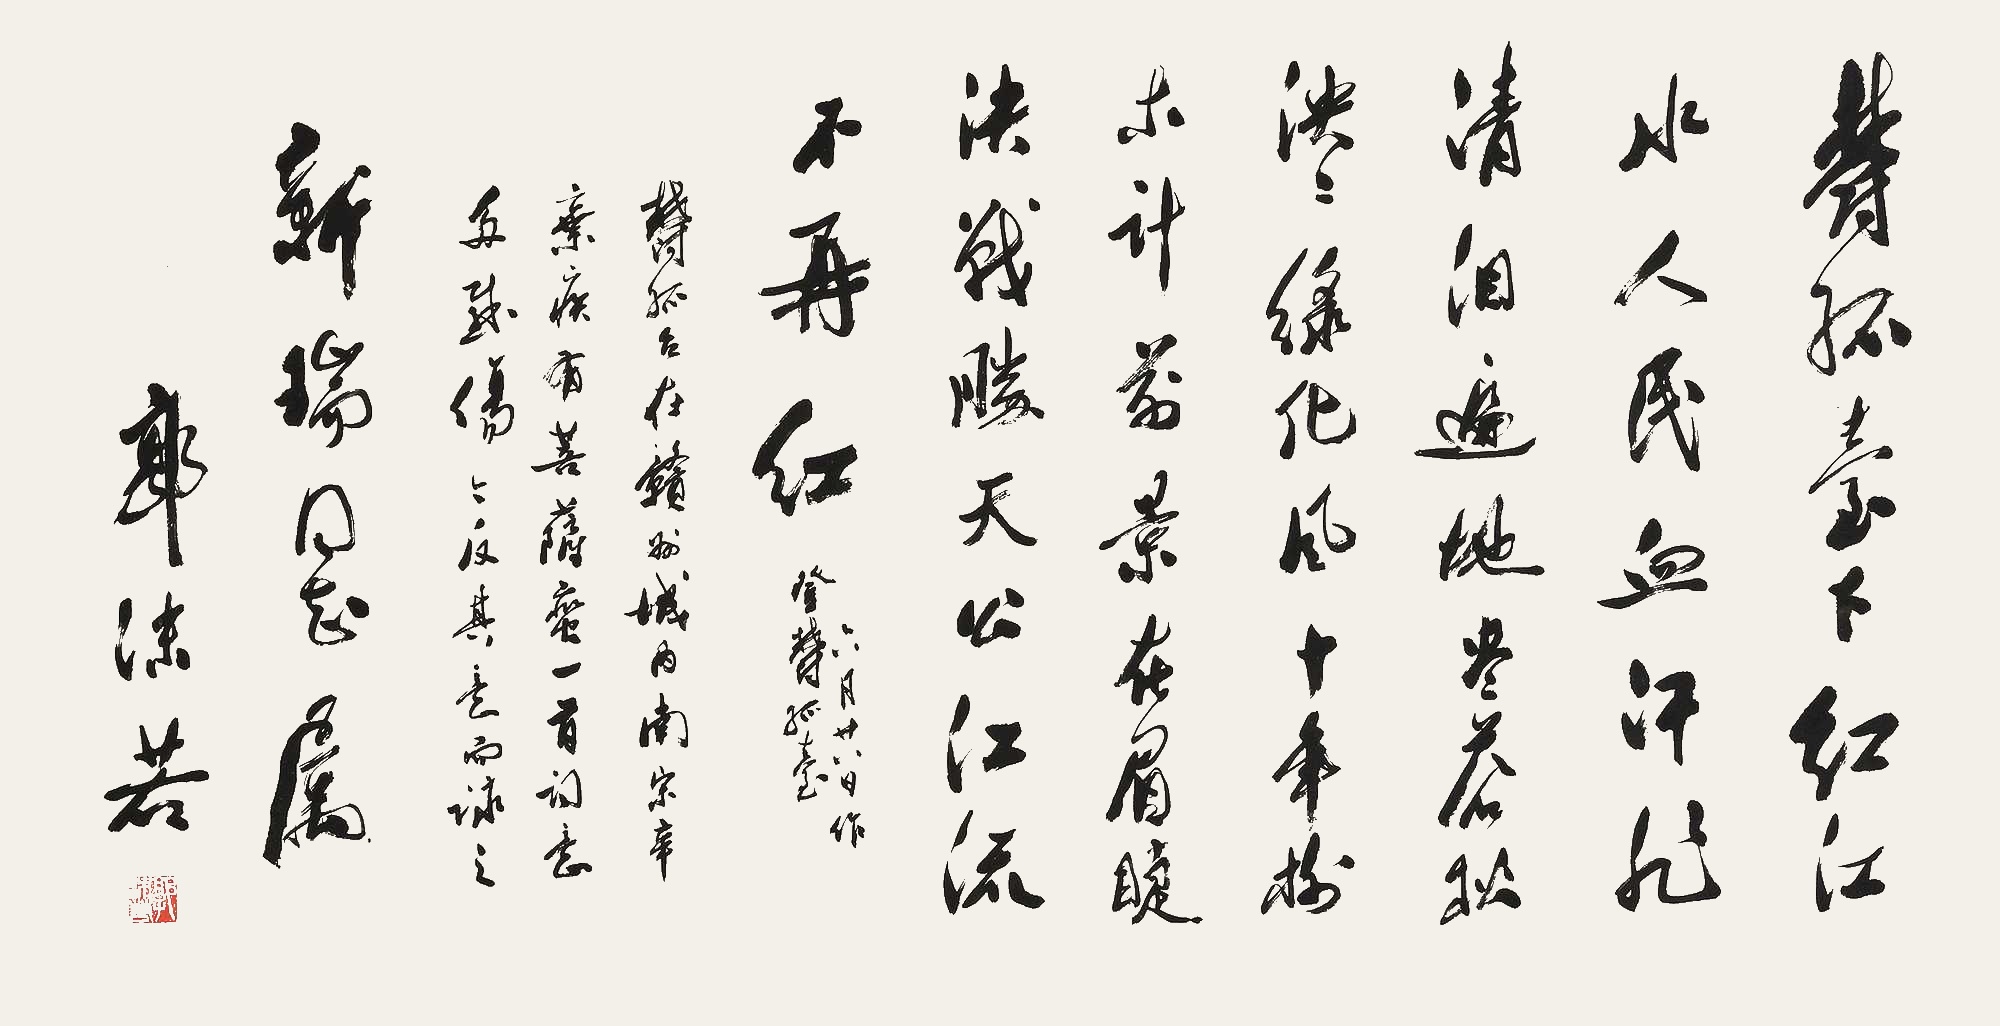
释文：郁孤台下红江水，人民血汗非清泪，遍地苍松，泱泱绿化风。十年树木计，前景在眉睫，决战胜天公，江流不再红。六月廿八日作题郁孤台。郁孤台在赣州城内，南宋辛弃疾有菩萨蛮一首，词意多感伤，今反其意而咏之。新瑞同志属。郭沫若。